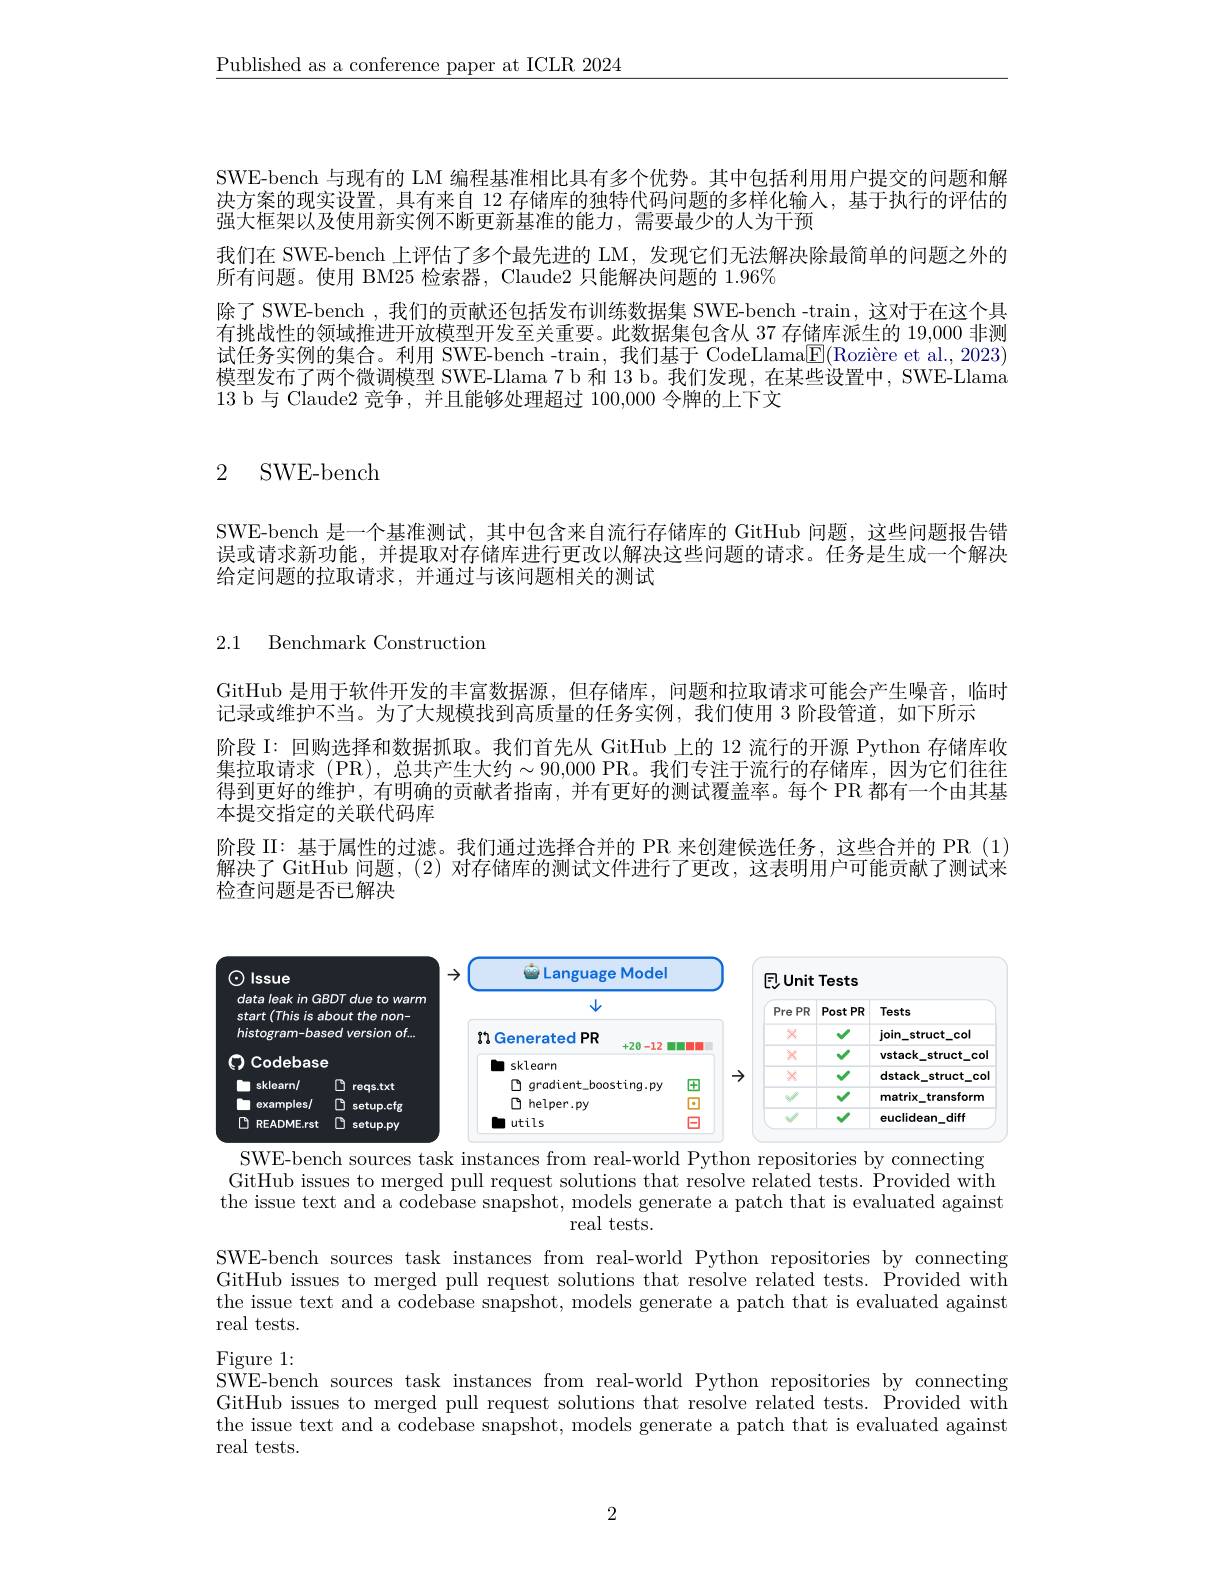
$\underline{\text{Published as a conference paper at ICLR 2024}}$

SWE-bench 与现有的 LM 编程基准相比具有多个优势。其中包括利用用户提交的问题和解决方案的现实设置，具有来自 12 存储库的独特代码问题的多样化输人，基于执行的评估的强大框架以及使用新实例不断更新基准的能力，需要最少的人为干预
我们在 SWE-bench 上评估了多个最先进的 LM, 发现它们无法解决除最简单的问题之外的
所有问题。使用 BM25 检索器，Claude2 只能解决问题的 1.96%
除了 SWE-bench , 我们的贡献还包括发布训练数据集 SWE-bench -train, 这对于在这个具有挑战性的领域推进开放模型开发至关重要。此数据集包含从 37 存储库派生的 19,000 非测试任务实例的集合。利用 SWE-bench -train, 我们基于 CodeLlama$\overline{\mathrm{E}}($Rozière et al., 2023) 模型发布了两个微调模型 SWE-Llama 7 b 和 13 b。我们发现，在某些设置中，SWE-Llama 13 b 与 Claude2 竞争，并且能够处理超过100，000令牌的上下文

# 2 SWE-bench

SWE-bench 是一个基准测试，其中包含来自流行存储库的 GitHub 问题，这些问题报告错误或请求新功能，并提取对存储库进行更改以解决这些问题的请求。任务是生成一个解决给定问题的拉取请求，并通过与该问题相关的测试

2.1 Benchmark Construction

GitHub 是用于软件开发的丰富数据源，但存储库，问题和拉取请求可能会产生噪音，临时
记录或维护不当。为了大规模找到高质量的任务实例，我们使用 3 阶段管道，如下所示
阶段 I: 回购选择和数据抓取。我们首先从 GitHub 上的 12 流行的开源 Python 存储库收集拉取请求 (PR), 总共产生大约$\sim90,000$ PR。我们专注于流行的存储库，因为它们往往得到更好的维护，有明确的贡献者指南，并有更好的测试覆盖率。每个 PR 都有一个由其基本提交指定的关联代码库
阶段 II: 基于属性的过滤。我们通过选择合并的 PR 来创建候选任务，这些合并的 PR (1) 解决了 GitHub 问题，(2)对存储库的测试文件进行了更改，这表明用户可能贡献了测试来检查问题是否已解决

<FigureHere>
SWE-bench sources task instances from real-world Python repositories by connecting

GitHub issues to merged pull request solutions that resolve related tests. Provided with the issue text and a codebase snapshot, models generate a patch that is evaluated against
real tests.

SWE-bench sources task instances from real-world Python repositories by connecting GitHub issues to merged pull request solutions that resolve related tests. Provided with the issue text and a codebase snapshot, models generate a patch that is evaluated against real tests.

Figure 1:
SWE-bench sources task instances from real-world Python repositories by connecting GitHub issues to merged pull request solutions that resolve related tests. Provided with the issue text and a codebase snapshot, models generate a patch that is evaluated against real tests.

2